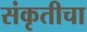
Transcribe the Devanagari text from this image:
संकृतीचा